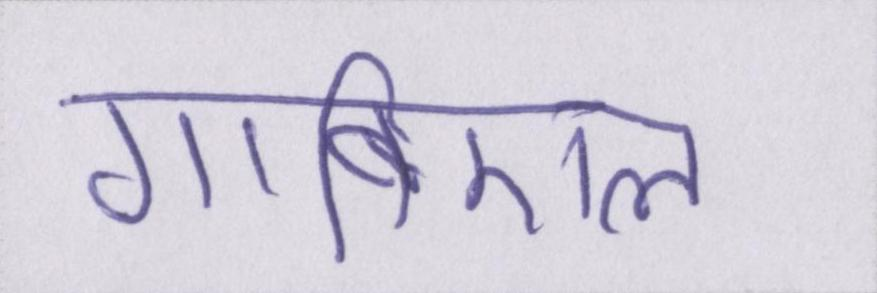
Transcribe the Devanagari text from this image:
गाब्रिएल